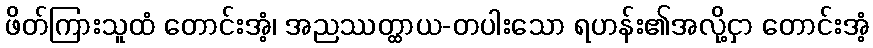
ဖိတ်ကြားသူထံ တောင်းအံ့၊ အညဿတ္ထာယ-တပါးသော ရဟန်း၏အလို့ငှာ တောင်းအံ့